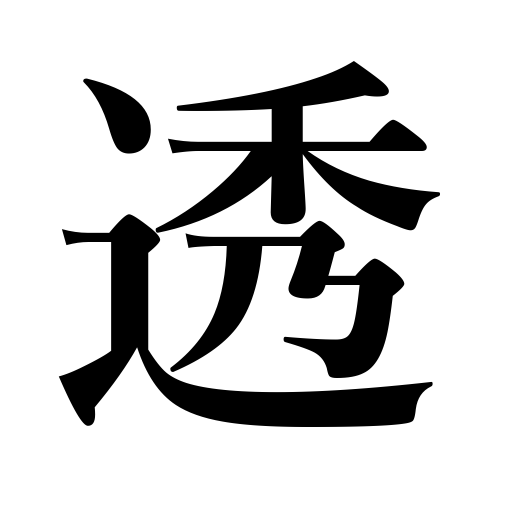
Meanings: be thin,be seen through,make transparent,thin trees,permeate,leave a space,look through,leave a gap,be transparent,penetrate